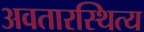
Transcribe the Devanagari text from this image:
अवतारस्थित्य